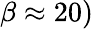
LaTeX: \beta\approx 20)